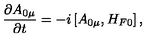
\frac { \partial A _ { 0 \mu } } { \partial t } = - i \left[ A _ { 0 \mu } , H _ { F 0 } \right] ,